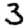
Digit: 3